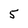
Character: 5